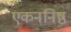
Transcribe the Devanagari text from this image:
एकननिष्ठ